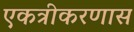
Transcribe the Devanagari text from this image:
एकत्रीकरणास